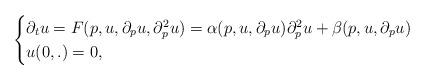
LaTeX: \begin{align*}\begin{cases} \partial_t u=F(p,u,\partial_p u,\partial^2_p u)=\alpha(p,u,\partial_p u)\partial_p^2 u+\beta(p,u,\partial_p u)\\ u(0,.)=0, \end{cases}\end{align*}